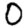
Digit: 0